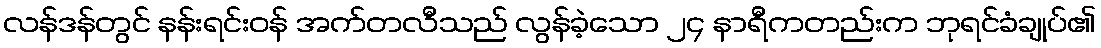
လန်ဒန်တွင် နန်းရင်းဝန် အက်တလီသည် လွန်ခဲ့သော ၂၄ နာရီကတည်းက ဘုရင်ခံချုပ်၏